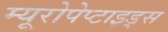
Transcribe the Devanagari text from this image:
म्यूरोपेप्टाइड्स